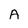
Character: A